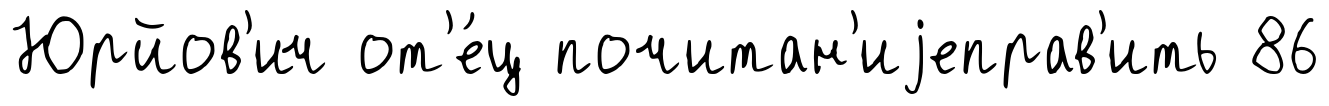
Юрйов'ич от'е́ц почитан'иjеправ'ить 86